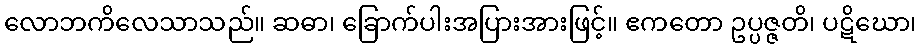
လောဘကိလေသာသည်။ ဆဓာ၊ ခြောက်ပါးအပြားအားဖြင့်။ ဧကတော ဥပ္ပဇ္ဇတိ၊ ပဋိဃော၊